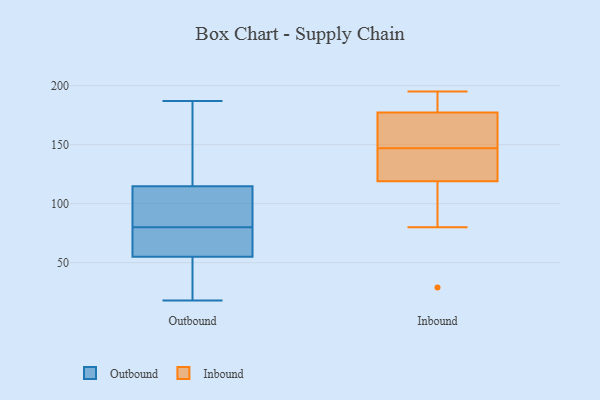
{"axis": {"x": "Waste Production (Tons)", "y": "Value"}, "legend": ["Inbound", "Outbound"], "data": [{"x": "", "y": 102, "type": "Outbound"}, {"x": "", "y": 161, "type": "Outbound"}, {"x": "", "y": 125, "type": "Outbound"}, {"x": "", "y": 116, "type": "Outbound"}, {"x": "", "y": 18, "type": "Outbound"}, {"x": "", "y": 58, "type": "Outbound"}, {"x": "", "y": 47, "type": "Outbound"}, {"x": "", "y": 67, "type": "Outbound"}, {"x": "", "y": 31, "type": "Outbound"}, {"x": "", "y": 84, "type": "Outbound"}, {"x": "", "y": 53, "type": "Outbound"}, {"x": "", "y": 111, "type": "Outbound"}, {"x": "", "y": 187, "type": "Outbound"}, {"x": "", "y": 80, "type": "Outbound"}, {"x": "", "y": 155, "type": "Outbound"}, {"x": "", "y": 108, "type": "Outbound"}, {"x": "", "y": 75, "type": "Outbound"}, {"x": "", "y": 75, "type": "Outbound"}, {"x": "", "y": 54, "type": "Outbound"}, {"x": "", "y": 87, "type": "Inbound"}, {"x": "", "y": 154, "type": "Inbound"}, {"x": "", "y": 147, "type": "Inbound"}, {"x": "", "y": 165, "type": "Inbound"}, {"x": "", "y": 186, "type": "Inbound"}, {"x": "", "y": 129, "type": "Inbound"}, {"x": "", "y": 29, "type": "Inbound"}, {"x": "", "y": 139, "type": "Inbound"}, {"x": "", "y": 177, "type": "Inbound"}, {"x": "", "y": 80, "type": "Inbound"}, {"x": "", "y": 143, "type": "Inbound"}, {"x": "", "y": 178, "type": "Inbound"}, {"x": "", "y": 195, "type": "Inbound"}, {"x": "", "y": 107, "type": "Inbound"}, {"x": "", "y": 164, "type": "Inbound"}, {"x": "", "y": 186, "type": "Inbound"}, {"x": "", "y": 123, "type": "Inbound"}]}